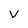
Character: V